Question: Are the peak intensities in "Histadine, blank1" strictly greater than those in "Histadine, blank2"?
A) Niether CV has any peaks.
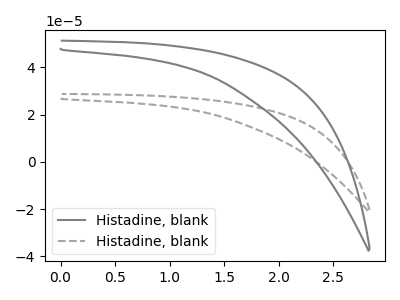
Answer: <think>The gray curve "Histadine, blank1" has no peaks. The gray dashed curve "Histadine, blank2" has no peaks.</think>
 <answer>A) Niether CV has any peaks.</answer>
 <eval>A</eval>